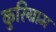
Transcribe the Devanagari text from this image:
कुरिग्राम